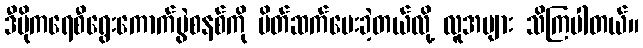
ဒီမိုကရေစီရွေးကောက်ပွဲစနစ်ကို မိတ်ဆက်ပေးခဲ့တယ်လို့ လူအများ သိကြပါတယ်။